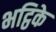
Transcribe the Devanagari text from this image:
भट्ठिके